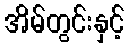
အိမ်တွင်းနှင့်